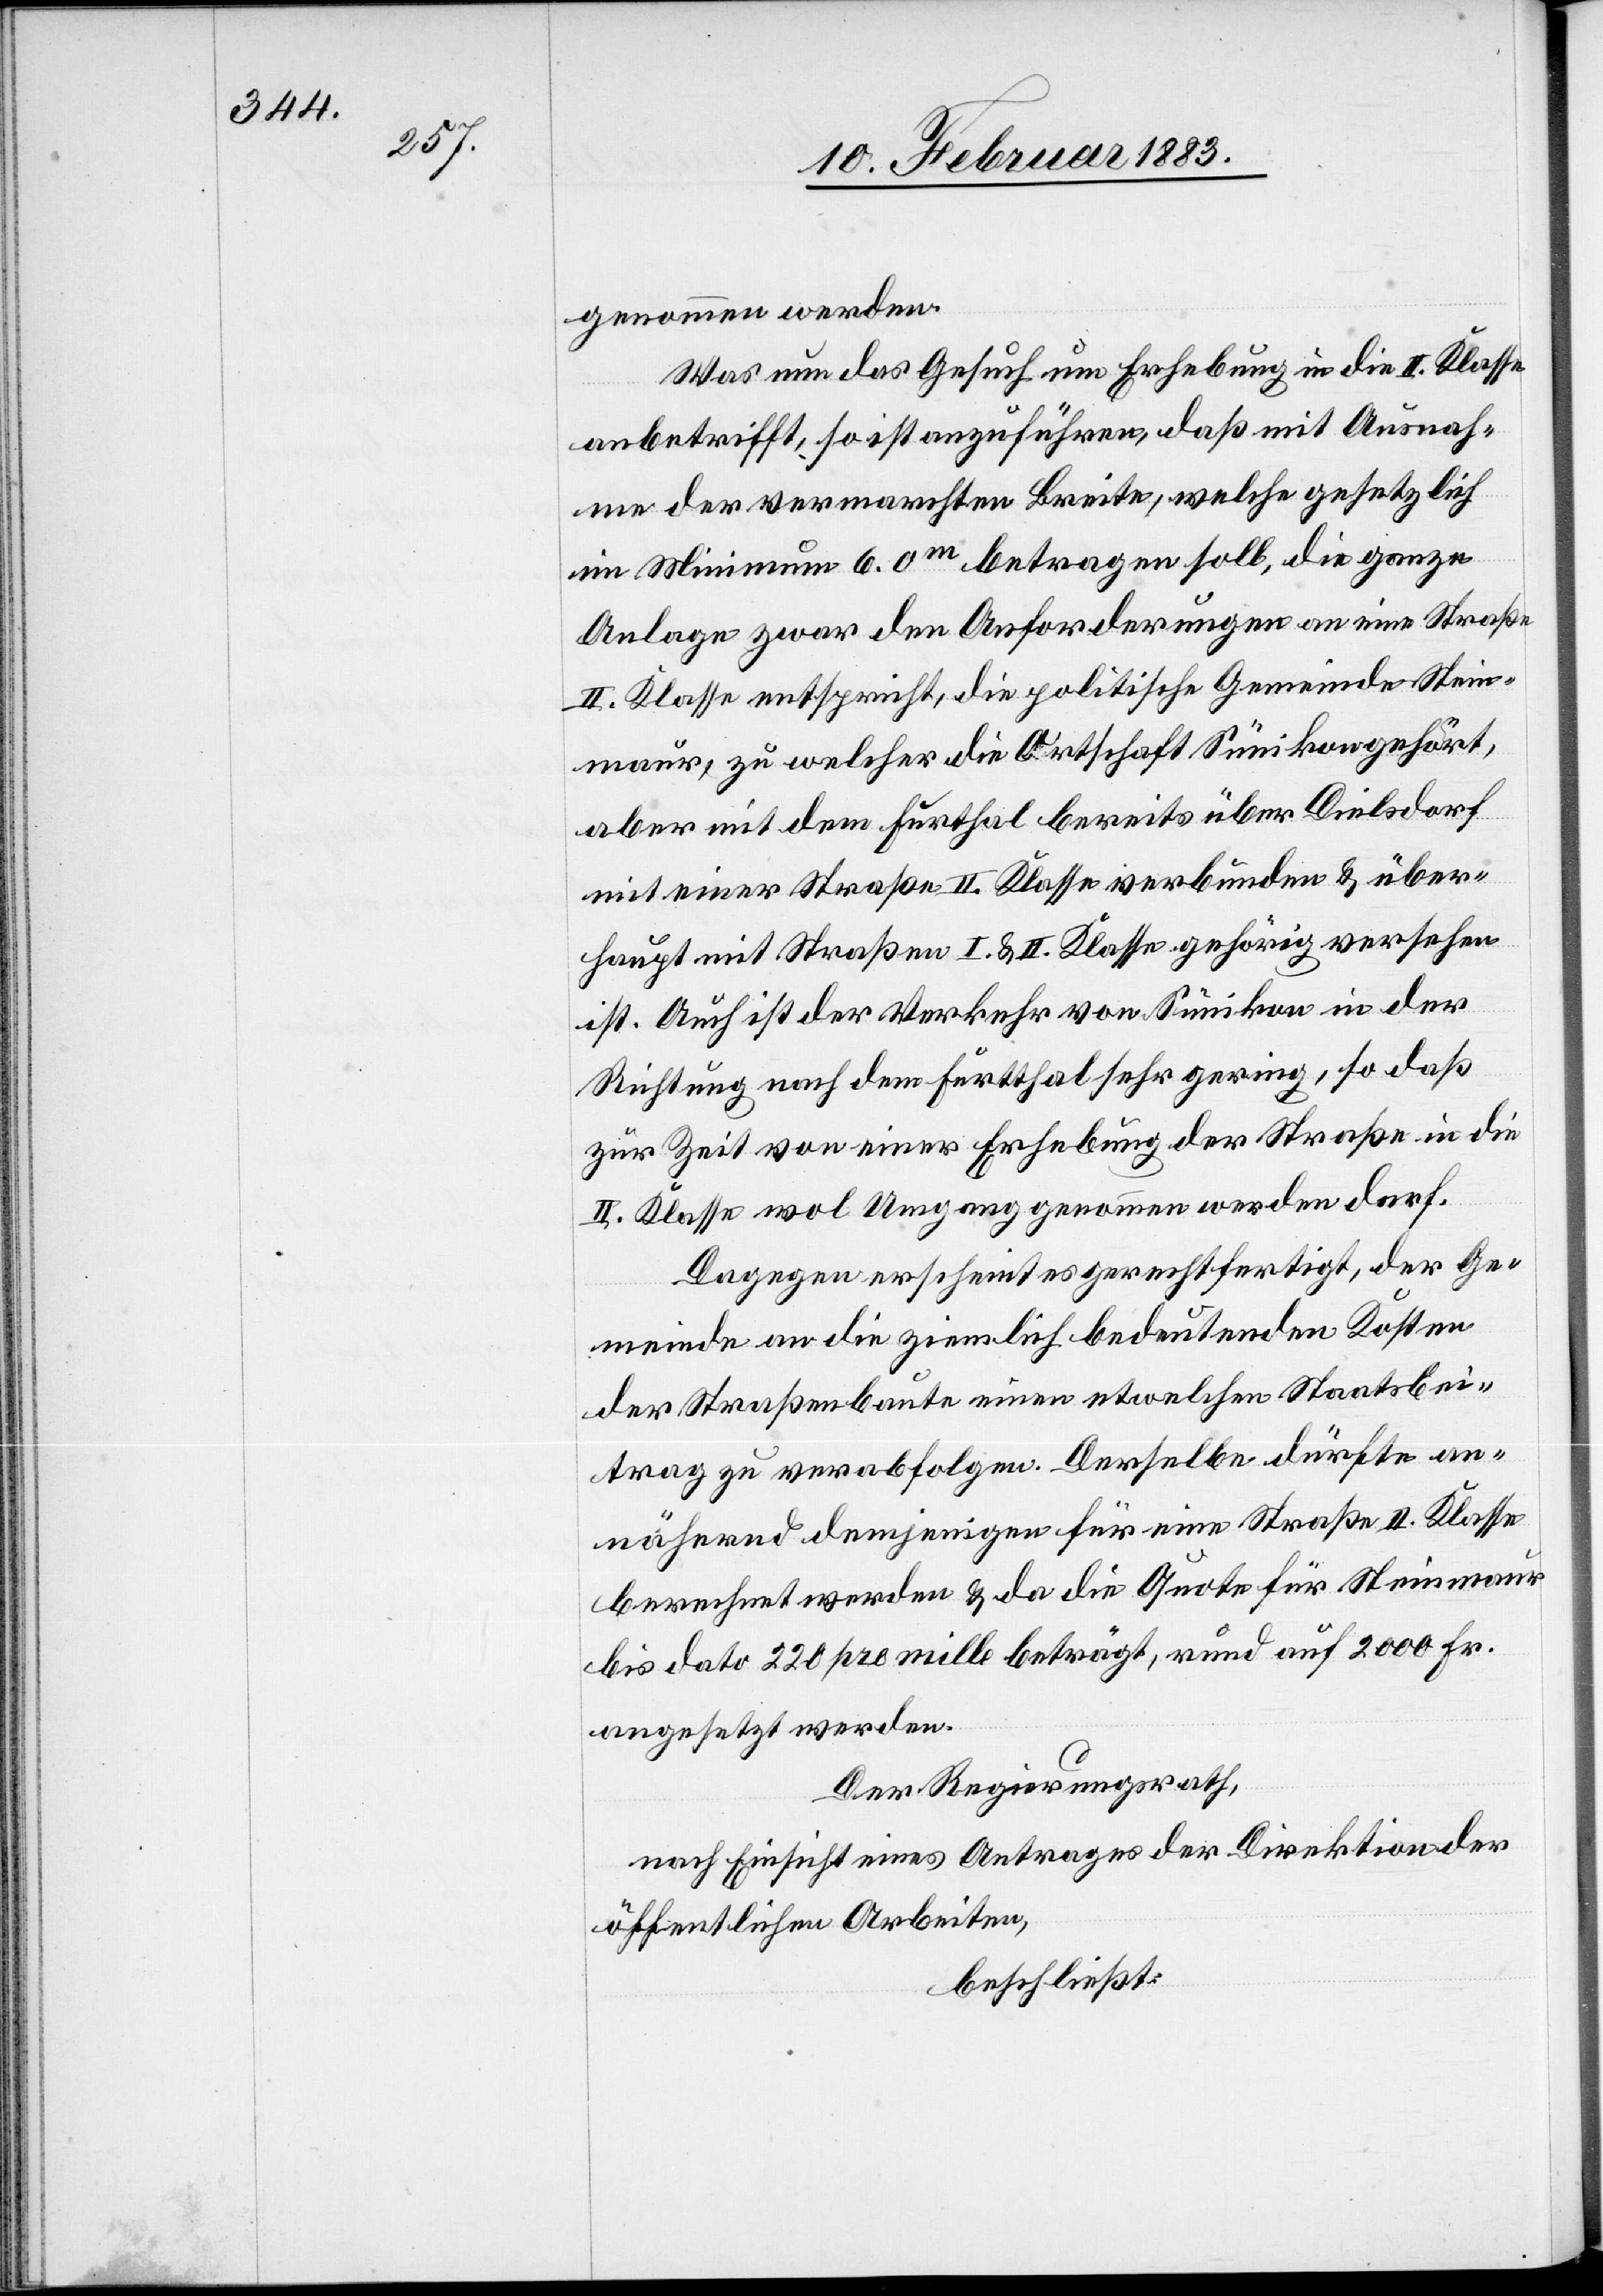
genommen werden.
Was nun das Gesuch um Erhebung in die II. Klasse
anbetrifft, so ist anzuführen, daß mit Ausnah¬
me der vermarchten Breite, welche gesetzlich
im Minimum 6.0m betragen soll, die ganze
Anlage zwar den Anforderungan an eine Straße
II. Klasse entspricht, die politische Gemeinde Stein¬
maur, zu welcher die Ortschaft Sünikon gehört,
aber mit dem Furthal [sic!] bereits über Dielsdorf
mit einer Straße II. Klasse verbunden & über¬
haupt mit Straßen I. & II. Klasse gehörig versehen
ist. Auch ist der Verkehr von Sünikon in der
Richtung nach dem Furtthal sehr gering, so daß
zur Zeit von einer Erhebung der Straße in die
II. Klasse wol Umgang genommen werden darf.
Dagegen erscheint es gerechtfertigt, der Ge¬
meinde an die ziemlich bedeutenden Kosten
der Straßenbaute einen etwelchen Staatsbei¬
trag zu verabfolgen. Derselbe dürfte an¬
nähernd demjenigen für eine Straße II. Klasse
berechnet werden & da die Quote für Steinmaur
bis dato 220 pro mille beträgt, rund auf 2000 Fr.
angesetzt werden.
Der Regierungsrath,
nach Einsicht eines Antrages der Direktion der
öffentlichen Arbeiten,
beschließt: